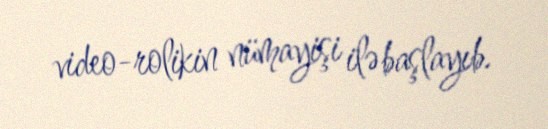
video-rolikin nümayişi ilə başlayıb.